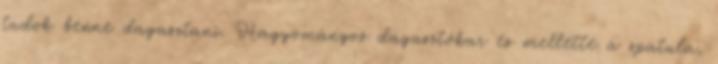
tudok benne dagasztani. Hagyományos dagasztókar és mellette a spatula,